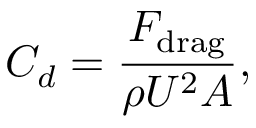
C _ { d } = \frac { F _ { \mathrm { d r a g } } } { \rho U ^ { 2 } A } ,